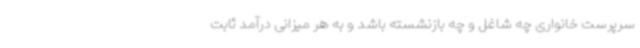
سرپرست خانواری چه شاغل و چه بازنشسته باشد و به هر میزانی درآمد ثابت